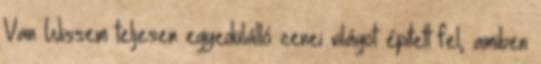
Van Wissem teljesen egyedülálló zenei világot épített fel, amiben